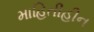
માહિતીહીન